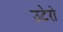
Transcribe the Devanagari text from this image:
उटेरो